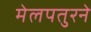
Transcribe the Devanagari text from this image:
मेलपतुरने